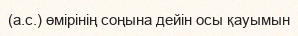
(а.с.) өмірінің соңына дейін осы қауымын